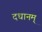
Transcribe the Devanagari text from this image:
दधानम्